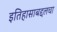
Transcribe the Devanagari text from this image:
इतिहासाबद्दलचा